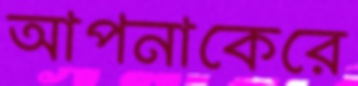
আপনাকেরে